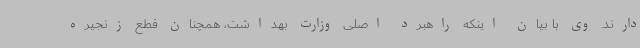
دارند. وی با بیان اینکه راهبرد اصلی وزارت بهداشت، همچنان قطع زنجیره